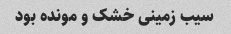
سیب زمینی خشک و مونده بود